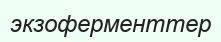
экзоферменттер